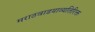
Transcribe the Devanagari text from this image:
मराठवाडयाव्यतिरिक्त